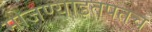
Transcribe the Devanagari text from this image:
मोजण्याइतपतच